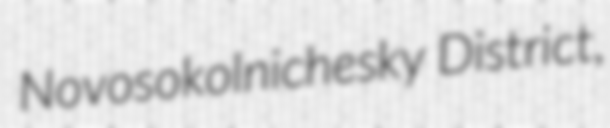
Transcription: Novosokolnichesky District,